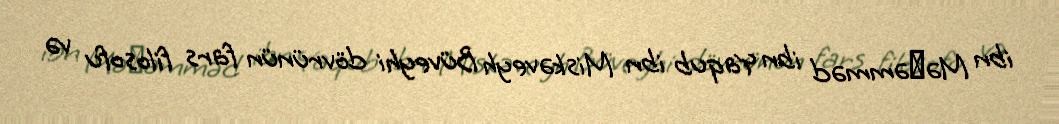
ibn Məḥəmməd ibn Yaqub ibn Miskəveyh Büveyhi dövrünün fars filosofu və